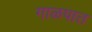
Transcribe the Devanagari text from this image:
गाळपात